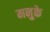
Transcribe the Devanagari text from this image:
मनुके